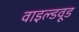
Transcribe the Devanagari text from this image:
वाइल्डवूड